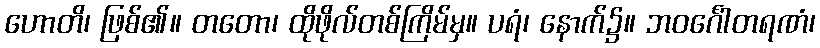
ဟောတိ၊ ဖြစ်၏။ တတော၊ ထိုဖိုလ်တစ်ကြိမ်မှ။ ပရံ၊ နောက်၌။ ဘဝင်္ဂေါတရဏံ၊